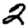
Digit: 2